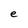
Character: e